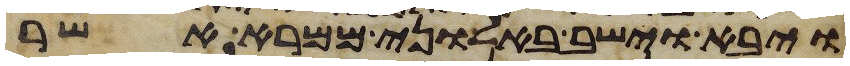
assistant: ויבא וישב באלוני ממרא אשר